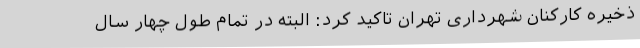
ذخیره کارکنان شهرداری تهران تاکید کرد: البته در تمام طول چهار سال